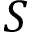
S